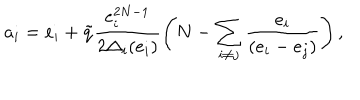
LaTeX: a _ { i } = e _ { i } + \tilde { q } \frac { e _ { i } ^ { 2 N - 1 } } { 2 \Delta _ { i } ( e _ { i } ) } \left( N - \sum _ { i \neq j } \frac { e _ { i } } { ( e _ { i } - e _ { j } ) } \right) ,